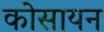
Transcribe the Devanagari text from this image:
कोसायन